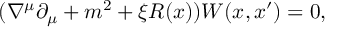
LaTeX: ( \nabla ^ { \mu } \partial _ { \mu } + m ^ { 2 } + \xi R ( x ) ) W ( x , x ^ { \prime } ) = 0 ,